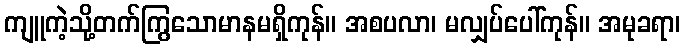
ကျူကဲ့သို့တက်ကြွသောမာနမရှိကုန်။ အစပလာ၊ မလျှပ်ပေါ်ကုန်။ အမုခရာ၊